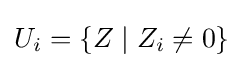
U_{i}=\{Z\mid Z_{i}\neq 0\}